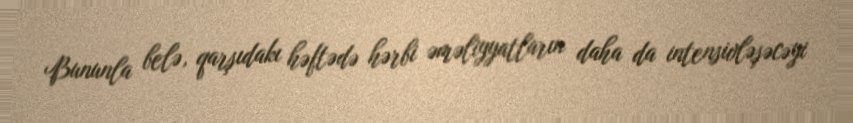
Bununla belə, qarşıdakı həftədə hərbi əməliyyatların daha da intensivləşəcəyi